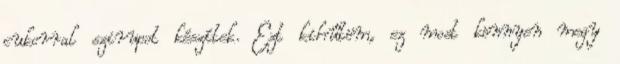
cukorral szirupot készítek. Ezt kihűtöm, ez most könnyen megy